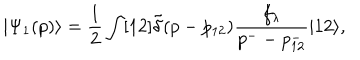
| \Psi _ { 1 } ( p ) \rangle = \frac { 1 } { 2 } \int [ 1 2 ] \tilde { \delta } ( p - p _ { 1 2 } ) \frac { f _ { \lambda } } { p ^ { - } - p _ { 1 2 } ^ { - } } | 1 2 \rangle ,